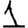
Digit: 1